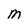
Character: M